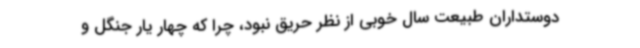
دوستداران طبیعت سال خوبی از نظر حریق نبود، چرا که چهار یار جنگل و